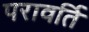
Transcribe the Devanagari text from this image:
परावर्ति